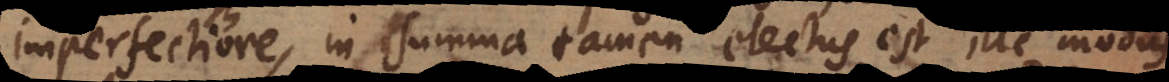
imperfectiore, in summa tamen electus est ille modus